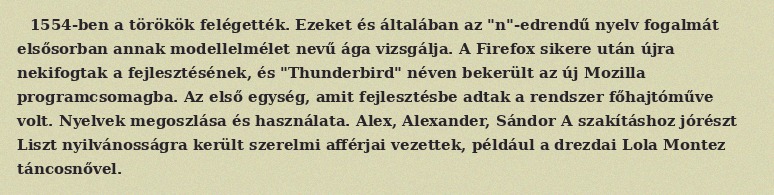
1554-ben a törökök felégették. Ezeket és általában az "n"-edrendű nyelv fogalmát elsősorban annak modellelmélet nevű ága vizsgálja. A Firefox sikere után újra nekifogtak a fejlesztésének, és "Thunderbird" néven bekerült az új Mozilla programcsomagba. Az első egység, amit fejlesztésbe adtak a rendszer főhajtóműve volt. Nyelvek megoszlása és használata. Alex, Alexander, Sándor A szakításhoz jórészt Liszt nyilvánosságra került szerelmi afférjai vezettek, például a drezdai Lola Montez táncosnővel.